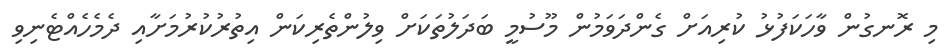
މި ރޮނގުން ވާހަކަފުޅު ކުރިއަށް ގެންދަވަމުން މޫސުމީ ބަދަލުތަކަށް ވިލުންތެރިކަން އިތުރުކުރުމަށާއި ދެމެހެއްޓެނިވި